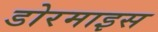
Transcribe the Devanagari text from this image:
डोरमाइस